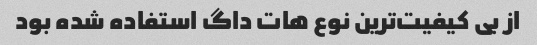
از بی کیفیت‌ترین نوع هات داگ استفاده شده بود